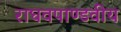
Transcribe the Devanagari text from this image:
राघवपाण्डवीय